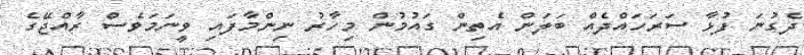
ދެގުނަ ފުޅާ ސަރަހައްދެއް ބަލަން އެތިން ގައުމުން މިހާރު ނިންމާފައި ވީނަމަވެސް ރާއްޖޭގެ